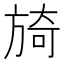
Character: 旑